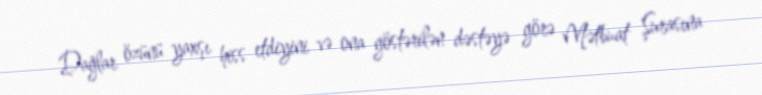
Dağlar özünü yaxşı hiss etdiyini və ona göstərilən dəstəyə görə Mətbuat Şurasına